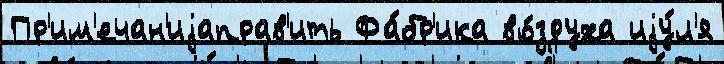
Пр'им'ечан'иjаправ'ить Фа́бр'ика во́здуха иjу́л'я